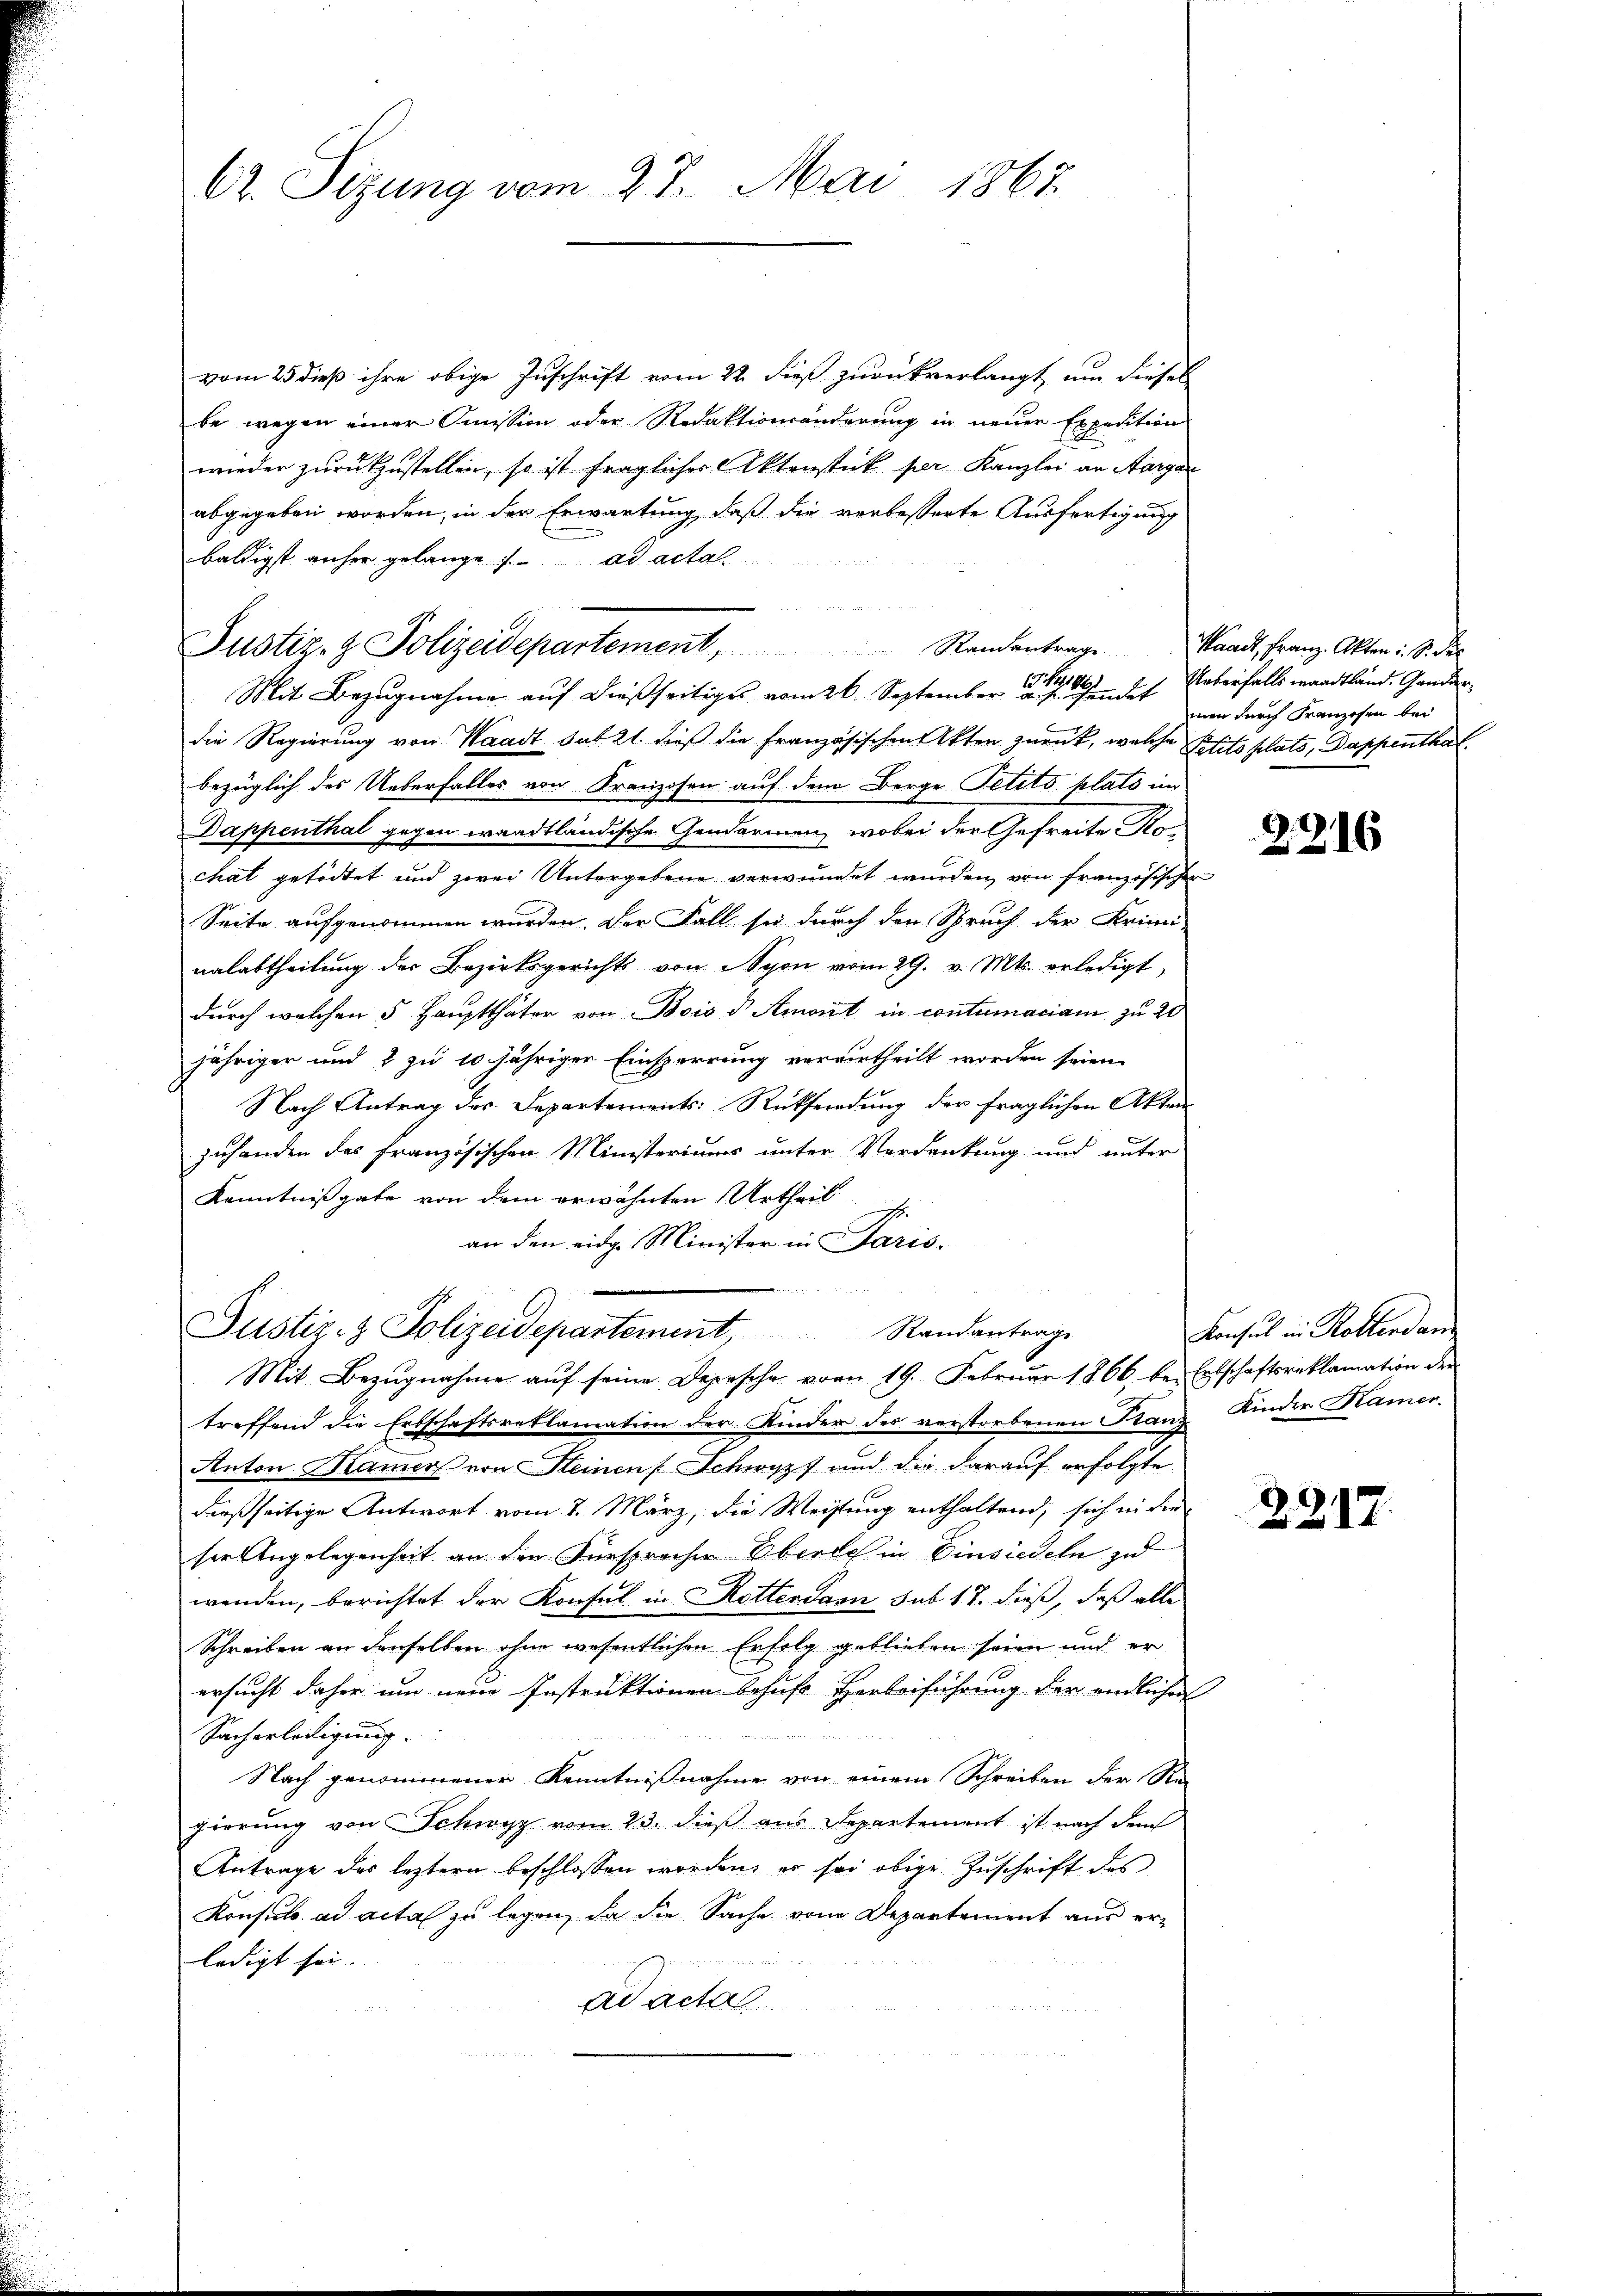
62. Sizung vom 27. Mai 1867.

vom 25 dieß ihre obige Zuschrift vom 22. dieß zurückverlangt, um dieses
be wegen einer Immission oder Redaktionsänderung in neuer Expedition
wieder zurückzustellen, so ist fraglicher Aktenstück per Kanzlei an Aargar
abgegeben worden, in der Erwartung, daß die verbesserte Ausfertigung
baldigst anher gelange ad acta
Justiz- & Polizeidepartement, Randentrage.
Mit Bezugnahme auf dießseitiges vom 26. September die des Ueberfalls waadtländ. Ganderdie Regierung von Waadt sub 21. dieß die Französischen Akten zurück, welche Petito plats, Dappenthal
bezüglich des Ueberfalles von Franzosen auf dem Berge Petito plato im
Dappenthal gegen waadtländische Gendarmen, wobei der Gefreite Rechat getödtet und zwei Untergebene verwundet wurden, von französischer
Seite aufgenommen wurden. Der Fall sei durch den Spruch der Krimi-
nalabtheilung der Bezirksgerichts von Nyon vom 29. v. Mts. erledigt,
durch welchen 5 Hauptthäter von Bois d. Amort in contumaciam zu 20
jähriger und 2 zu 10 jähriger Einsperrung verurtheilt worden seien.
Nach Antrag der Departements: Rücksendung der fraglichen Akten
zuhanden des französischen Ministeriums unter Verdankung und unter
Kenntnißgabe von dem erwähnten Urtheil
an den eidge Minister in Paris.
Justiz- & Polizeidepartement, Randantrage
Mit Bezugnahme auf seine Depesche vom 19. Februar 1866 bei Ertschaftsreklamation der
treffend die Erbschaftsreklamation der Kinder des verstorbenen Franz Kinder Kamer.
Anton Kamer von Steinen Schwyz und die darauf erfolgte
dießseitige Antwort vom 7. März, die Weisung enthaltend, sich in der
ser Angelegenheit an den Versprachen Oberlich in Einsiedeln zu
wenden, berichtet der Konsul in Rotter dann sub 17. dieß, daß alle
Schreiben an denselben ohne wesentlichen Erfolg geblieben seien und er
ersucht daher um neue Instruktionen behufs Herbeiführung der endliche
Sacherledigung.
Nach genommener Kenntnißnahme von einem Schreiben der Re-
gierung von Schwyz vom 23. dieß aus Departement ist nach dem
Antrage des leztern beschlossen worden, es sei obige Zuschrift des
Konsul ad acta zu legen, da die Sache vom Departement aus erledigt sei.
ad acta

Waadt, Franz. Akten S. der
men durch Franzosen bei

2216

Konsul in Rollendan

2217.